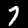
Label: 7